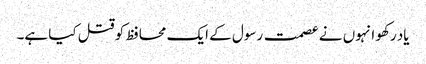
یاد رکھو انہوں نے عصمت رسول کے ایک محافظ کو قتل کیا ہے۔